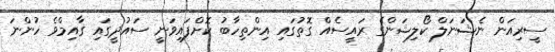
ސީރިއަން ނެޝަނަލް ކޯލިޝަންގެ ރައީސެއް ގޮތުގައި އިންތިހާބު ކޮށްފައިވަނީ ސައުދީގައި ގާއިމްވެ ހުންނަ